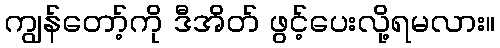
ကျွန်တော့်ကို ဒီအိတ် ဖွင့်ပေးလို့ရမလား။